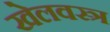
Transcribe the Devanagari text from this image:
खेलवस्त्र